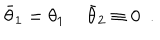
\bar { \theta } _ { 1 } = \theta _ { 1 } \, \, \, \, \, \, \, \bar { \theta } _ { 2 } \equiv 0 \, \, \, .